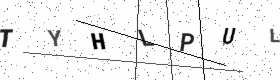
Text: TYHLPUL